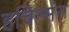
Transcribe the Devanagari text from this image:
हचिन्संस